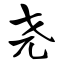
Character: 尧